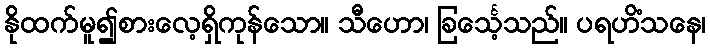
နိုထက်မူ၍စားလေ့ရှိကုန်သော။ သီဟော၊ ခြင်္သေ့သည်။ ပရဟိံသနေ၊